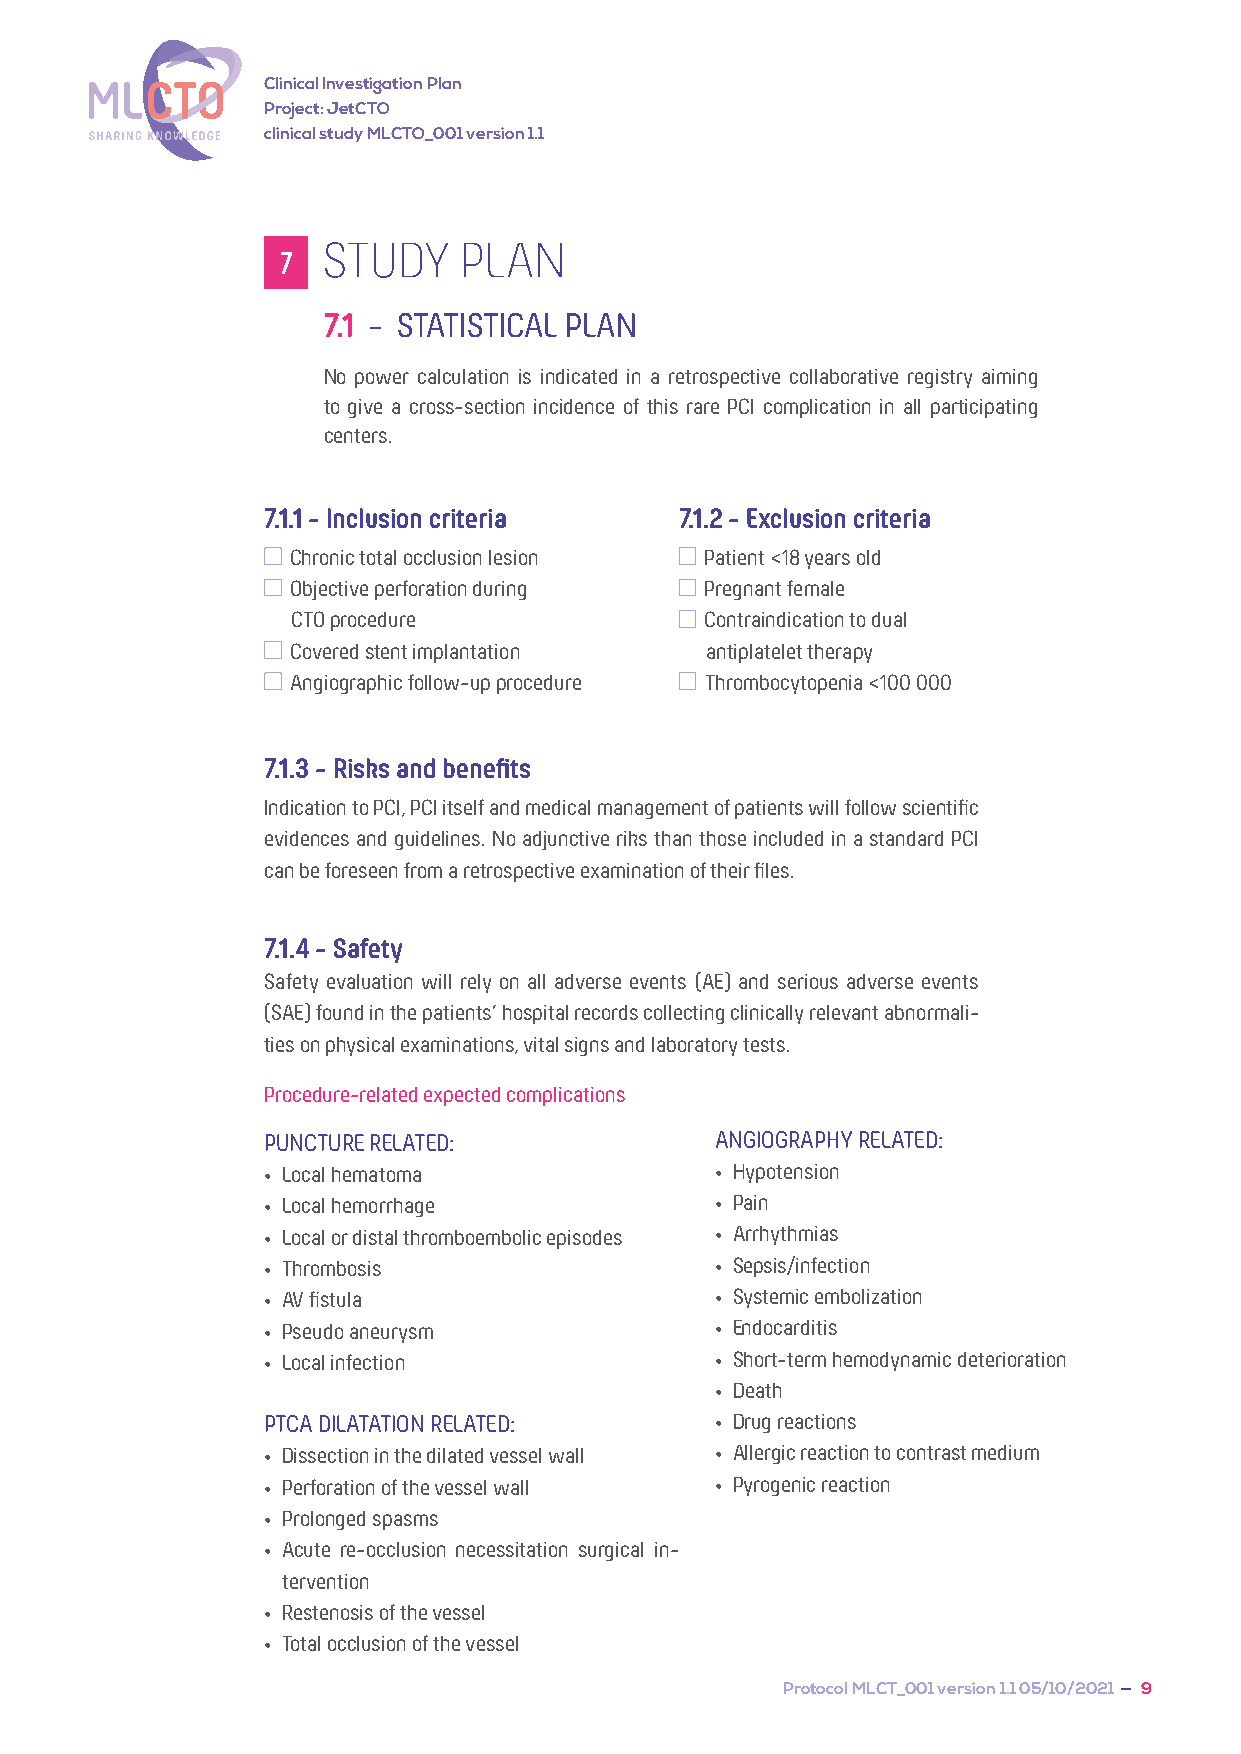
Clinical Investigation Plan
 Project: JetCTO
 clinical study MLCTO_001 version 1.1
 STUDY    PLAN
 7
 7.1 - STATISTICAL PLAN
 No power calculation is indicated in a retrospective collaborative registry aiming
 to give a cross-section incidence of this rare PCI complication in all participating
 centers.
 7.1.1 - Inclusion criteria  7.1.2 - Exclusion criteria
 Chronic total occlusion lesion Patient <18 years old
 Objective perforation during Pregnant female
 CTO procedure               Contraindication to dual
 Covered stent implantation  antiplatelet therapy
 Angiographic follow-up procedure Thrombocytopenia <100 000
 7.1.3 - Risks and benefits
 Indication to PCI, PCI itself and medical management of patients will follow scientific
 evidences and guidelines. No adjunctive riks than those included in a standard PCI
 can be foreseen from a retrospective examination of their files.
 7.1.4 - Safety
 Safety evaluation will rely on all adverse events (AE) and serious adverse events
 (SAE) found in the patients’ hospital records collecting clinically relevant abnormali-
 ties on physical examinations, vital signs and laboratory tests.
 Procedure-related expected complications
 PUNCTURE RELATED:             ANGIOGRAPHY RELATED:
 • Local hematoma              • Hypotension
 • Local hemorrhage            • Pain
 • Local or distal thromboembolic episodes • Arrhythmias
 • Thrombosis                  • Sepsis/infection
 • AV fistula                  • Systemic embolization
 • Pseudo aneurysm             • Endocarditis
 • Local infection             • Short-term hemodynamic deterioration
 • Death
 PTCA DILATATION RELATED:      • Drug reactions
 • Dissection in the dilated vessel wall • Allergic reaction to contrast medium
 • Perforation of the vessel wall • Pyrogenic reaction
 • Prolonged spasms
 • Acute re-occlusion necessitation surgical in-
 tervention
 • Restenosis of the vessel
 • Total occlusion of the vessel
 Protocol MLCT_001 version 1.1 05/10/2021 — 9